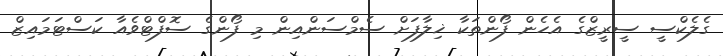
ގެލެކްސީ ސީރީޒްގެ އެހެން ފޯންތަކާ ޚިލާފަށް ސެމްސަންއިން މި ފޯންގެ ސޮފްޓްވެއާ ކަސްޓަމައިޒް